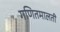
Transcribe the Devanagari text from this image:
गणितमालती